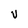
Character: V